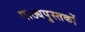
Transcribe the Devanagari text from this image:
पाठ्यपुस्‍तकों